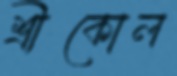
শ্রীকোল